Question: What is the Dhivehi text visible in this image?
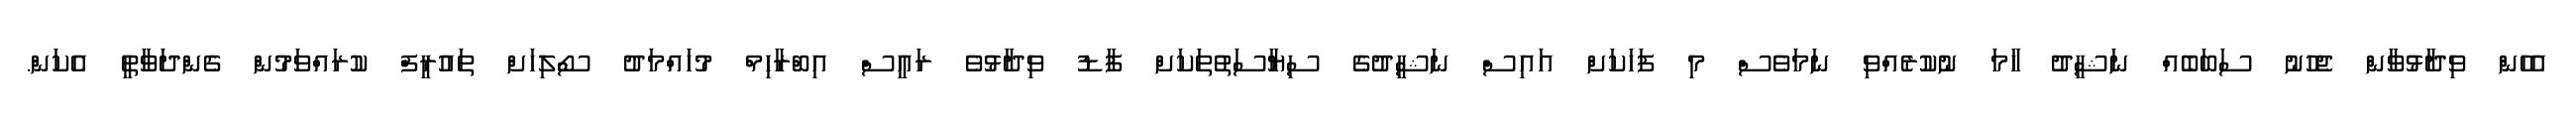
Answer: އެހެން ވިދާޅުވާން ޖެހުނު ސަބަބެއް ނަޝީދު ހާމަ ނުކުރެއްވި ނަމަވެސް މި ފަހަކަށް އައިސް ނަޝީދުގެ ސިޔާސަތުތަކަށް ފާޑު ވިދާޅުވެ ރައީސް އިބްރާހިމް މުހައްމަދު ސޯލިހަށް ތައުރީފް ކުރައްވަމުން ގެންދަވާތީ އެކަން.